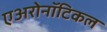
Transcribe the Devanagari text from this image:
एअरोनॉटिकल